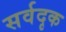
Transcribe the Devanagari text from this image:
सर्वदृक